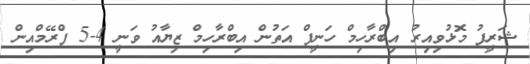
ޝަރީފު މޮޅުވިއިރު އިބްރާހިމް ހަނީފް އަތުން އިބްރާހިމް ޒިޔާއު ވަނީ 4-5 ފްރޭމްއިން